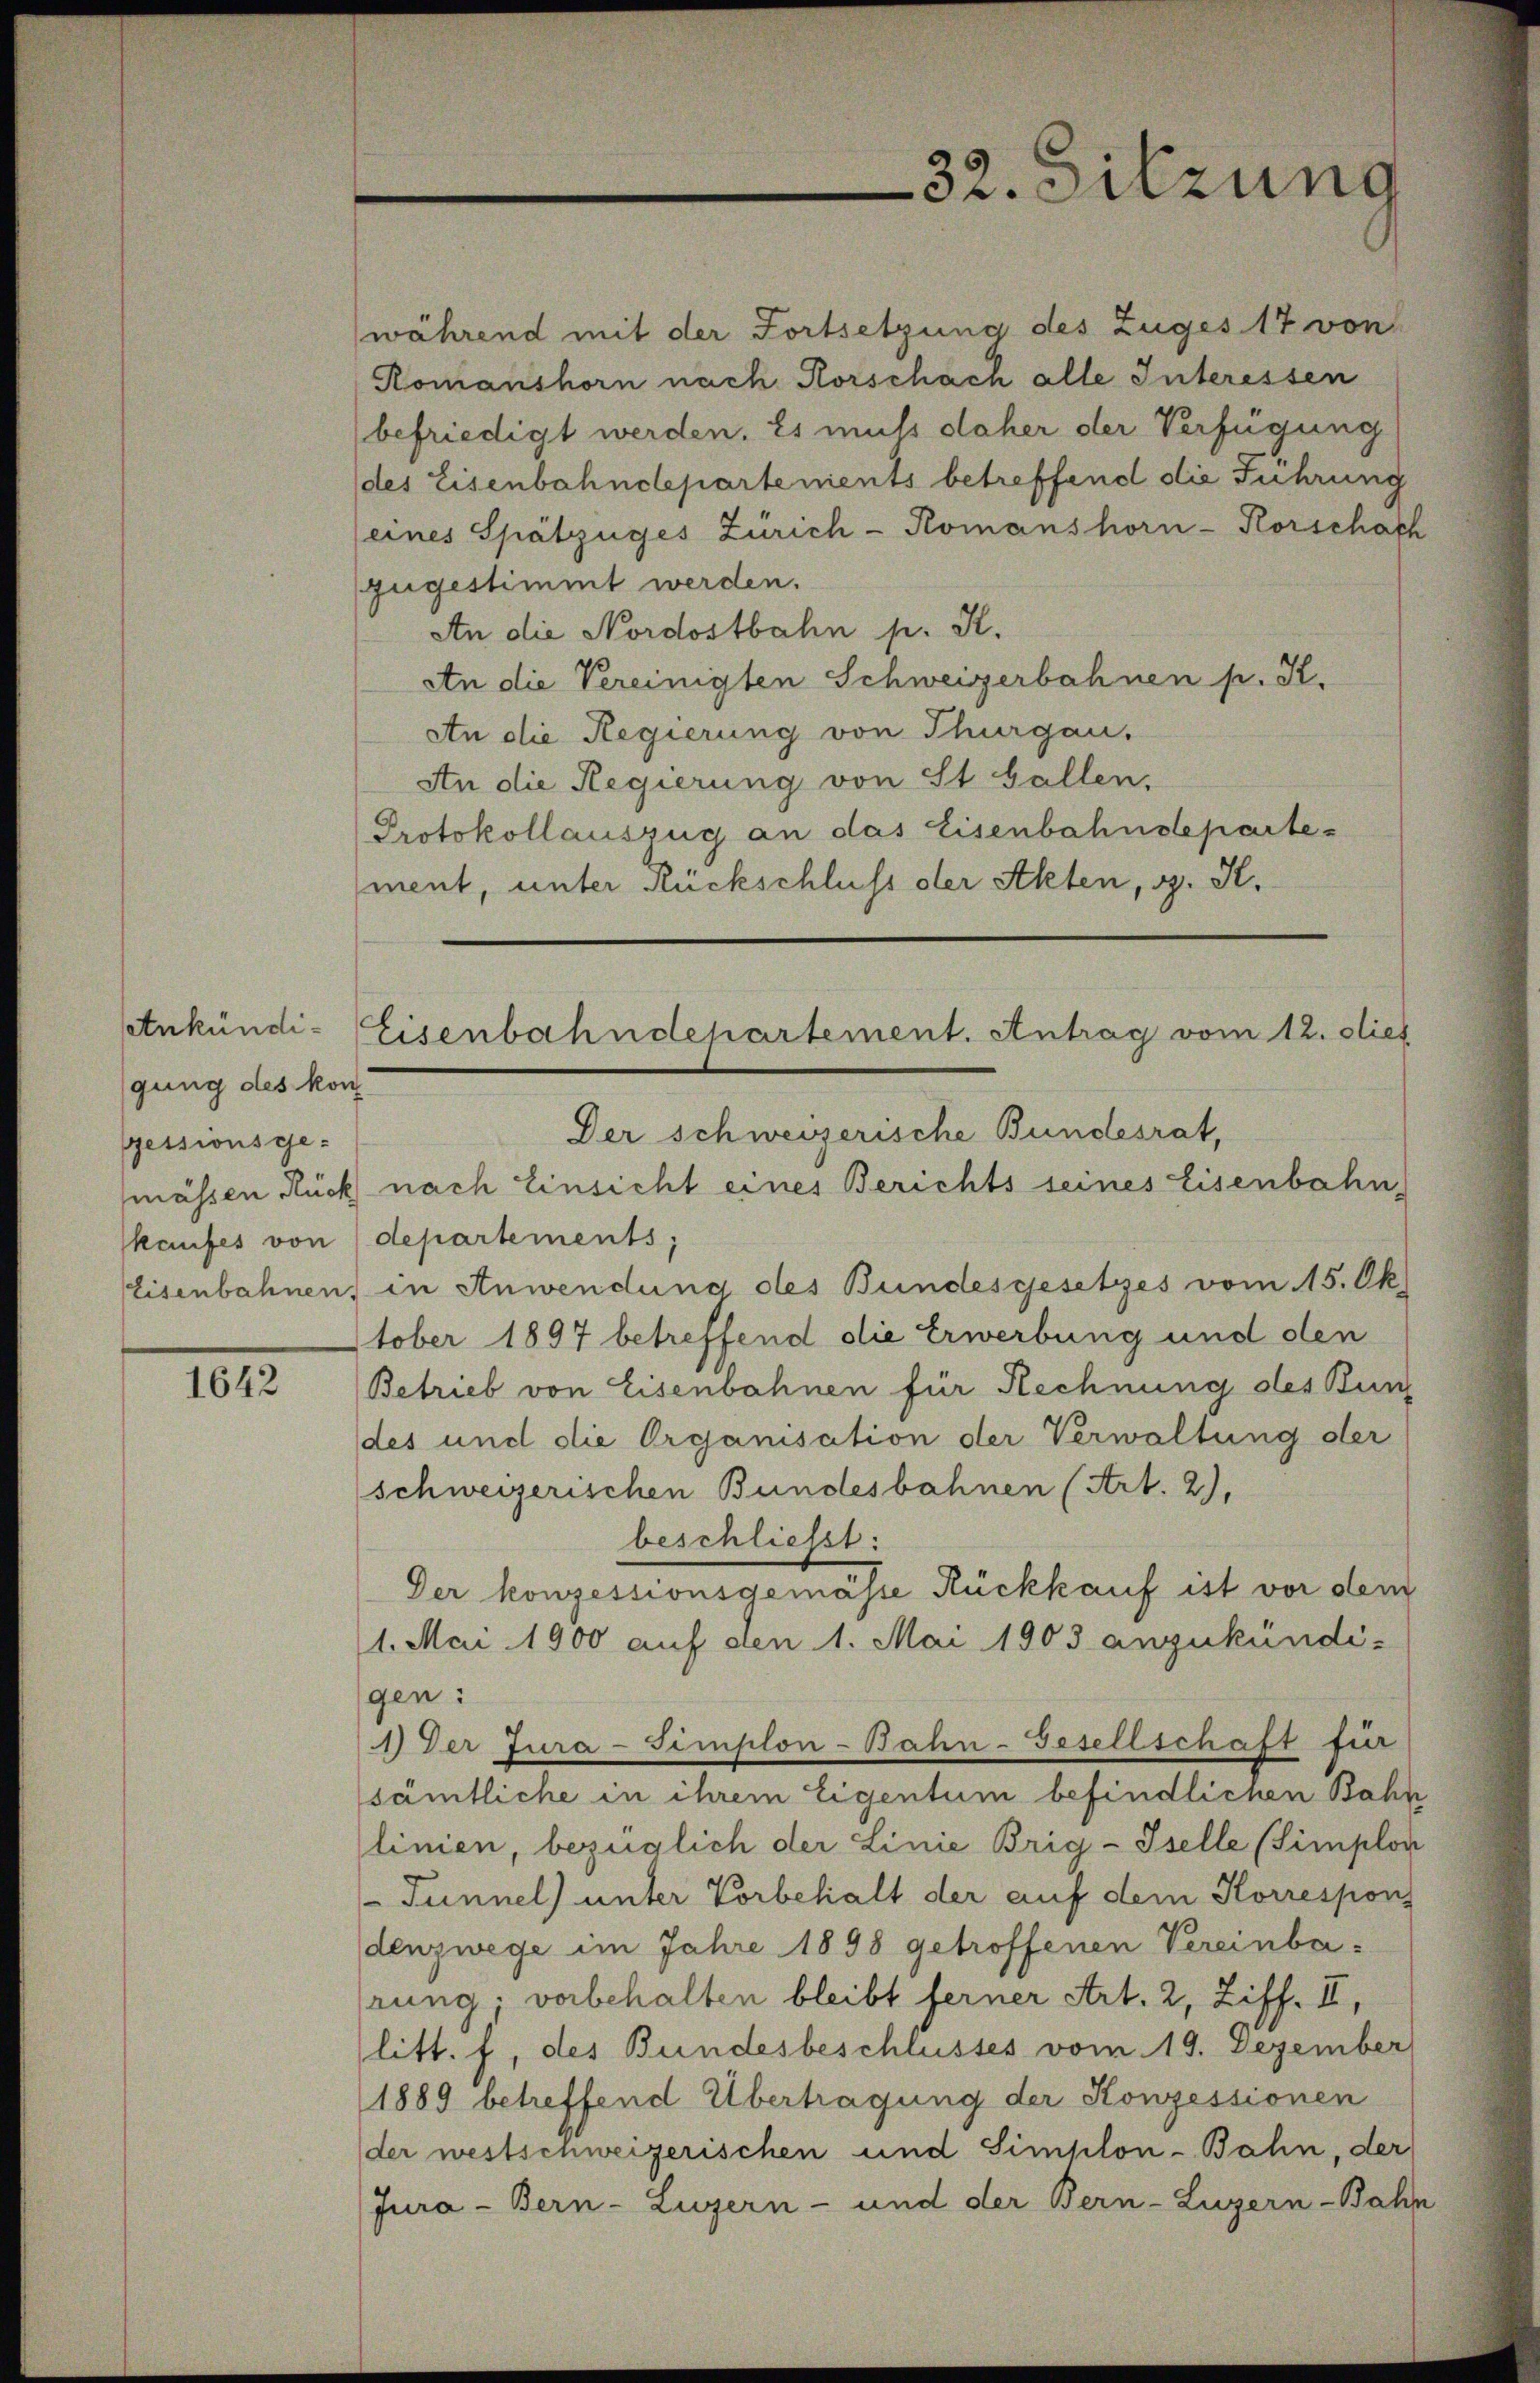
gung des kon
essionsgekaufes von

1642

(während mit der Fortsetzung des Zuges 17 von
Romanshorn nach Rorschach alle Interessen
befriedigt werden. Es muss daher der Verfügung
(des Eisenbahndepartements betreffend die Führung
(eines Spätzüges Zürich-Komanshorn-Korschafh
zugestimmt werden.
An die Nordostbahn p. K.
An die Vereinigten Schweizerbahnen p. K.
An die Regierung von Thurgau,
An die Regierung von St. Gallen,
Protokollauszug an das Eisenbahndepartement, unter Rückschluss der Akten, d. K.
Der schweizerische Bundesrat,
mässen Rück nach Einsicht eines Berichts seines Eisenbahn,
departements;
Eisenbahnen, in Anwendung des Bundesgesetzes vom 15. Ok
stober 1897 betreffend die Erwerbung und den
Betrieb von Eisenbahnen für Rechnung des Bunz
des und die Organisation der Verwaltung der
schweizerischen Bundesbahnen (Art. 2),
beschließt:
Der konzessionsgemass Rückkauf ist vor dem
1. Mai 1900 auf den 1. Mai 1903 anzukündi-
gen:
1) Der Jura-Templon-Bahn-Gesellschaft für
sämtliche in ihrem Eigentum befindlichen Bahn
linien, bezüglich der Linie Brig-Iselle (Simplon
Tunnel) unter Vorbehalt der auf dem Korrespons
denzwege im Jahre 1898 getroffenen Vereinba-
rung; vorbehalten bleibt ferner Art. 2, Ziff. II,
litt. f, des Bundesbeschlusses vom 19. Dezember
1889 betreffend Übertragung der Konzessionen
der westschweizerischen und Simplon-Bahn, der
Jura - Bern-Luzern - und der Bern-Luzern-Bahn

32. Sitzung

Ankündi- Eisenbahndepartement. Antrag vom 12. dies